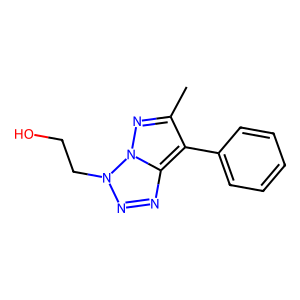
SMILES: Cc1nn2c(nnn2CCO)c1-c1ccccc1
Inhibits HIV replication: No